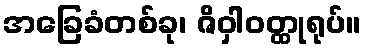
အခြေခံတစ်ခု၊ ဇိဝှါဝတ္ထုရုပ်။